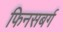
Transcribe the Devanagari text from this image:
फिनसबर्ग